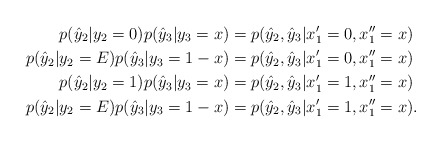
\begin{align*}p(\hat{y}_2|y_2=0)p(\hat{y}_3|y_3=x)&=p(\hat{y}_2,\hat{y}_3|x_1'=0,x_1''=x)\\p(\hat{y}_2|y_2=E)p(\hat{y}_3|y_3=1-x)&=p(\hat{y}_2,\hat{y}_3|x_1'=0,x_1''=x)\\p(\hat{y}_2|y_2=1)p(\hat{y}_3|y_3=x)&=p(\hat{y}_2,\hat{y}_3|x_1'=1,x_1''=x)\\p(\hat{y}_2|y_2=E)p(\hat{y}_3|y_3=1-x)&=p(\hat{y}_2,\hat{y}_3|x_1'=1,x_1''=x).\end{align*}